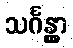
သင်္ဂန္တွာ